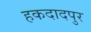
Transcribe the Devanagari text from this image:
हकदादपुर